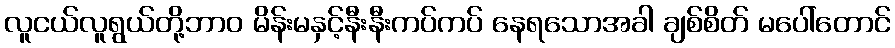
လူငယ်လူရွယ်တို့ဘာဝ မိန်းမနှင့်နီးနီးကပ်ကပ် နေရသောအခါ ချစ်စိတ် မပေါ်တောင်